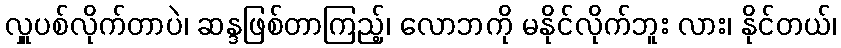
လှူပစ်လိုက်တာပဲ၊ ဆန္ဒဖြစ်တာကြည့်၊ လောဘကို မနိုင်လိုက်ဘူး လား၊ နိုင်တယ်၊